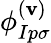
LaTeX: \phi_{Ip\sigma}^{(\mathbf{v})}